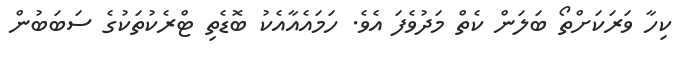
ކިހާ ވަރަކަށްތޯ ބަލަން ކެތް މަދުވެފަ އެވެ. ހަމައެއާއެކު ބޮޑެތި ޓްރެކުތަކުގެ ސަބަބުން